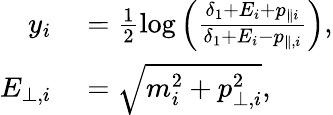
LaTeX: \begin{array}{rl}{y_{i}}&{{}=\frac{1}{2}\mathrm{log}\left(\frac{\delta_{1}+E_{i}+p_{\| i}}{\delta_{1}+E_{i}-p_{\| ,i}}\right),}\\ {E_{\perp,i}}&{{}=\sqrt{m_{i}^{2}+p_{\perp,i}^{2}},}\end{array}